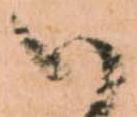
候